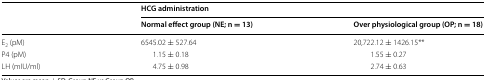
<table><thead><tr><td rowspan="2"></td><td colspan="2"><b>HCG administration</b></td></tr><tr><td><b>Normal effect group (NE; n = 13)</b></td><td><b>Over physiological group (OP; n = 18)</b></td></tr></thead><tbody><tr><td>E<sub>2</sub> (pM)</td><td>6545.02 ± 527.64</td><td>20,722.12 ± 1426.15**</td></tr><tr><td>P4 (pM)</td><td>1.15 ± 0.18</td><td>1.55 ± 0.27</td></tr><tr><td>LH (mIU/ml)</td><td>4.75 ± 0.98</td><td>2.74 ± 0.63</td></tr></tbody></table>